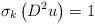
LaTeX: \begin{align*}\sigma_{k}\left( D^{2}u\right) =1\end{align*}